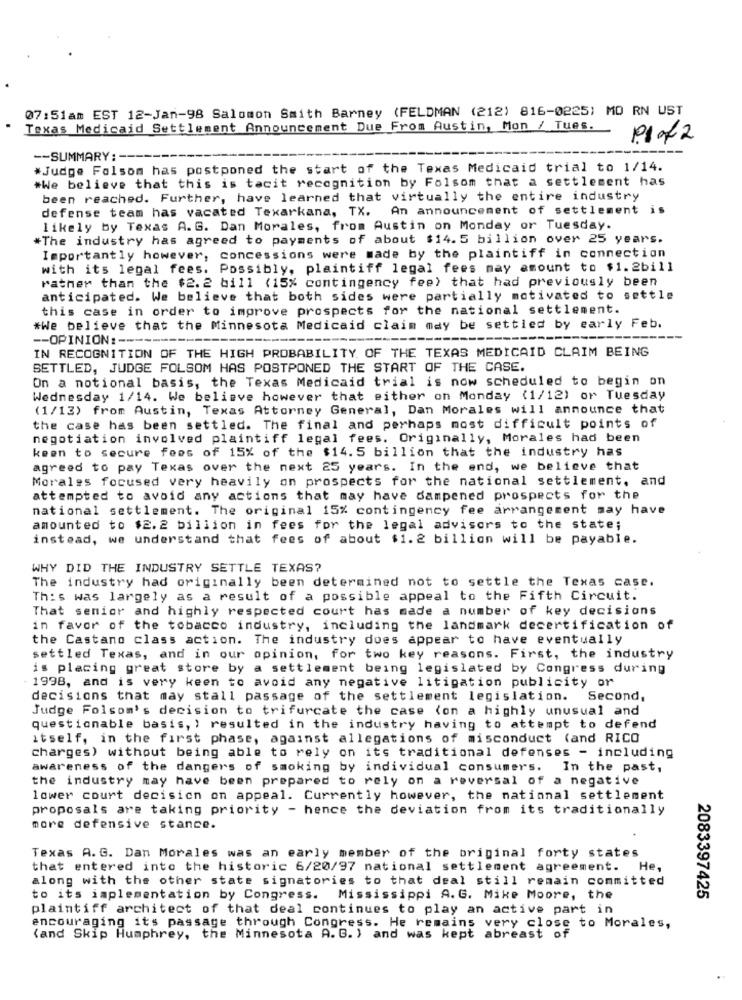
07:51am EST 12-Jan-98 Salomon Smith Barney (FELDMAN (212) 816-0225) MO RN UST
Texas Medicaid Settlement Announcement Due From Austin, Mon / Tues.
Prof 2
-- SUMMARY: -
#Judge Folsom has postponed the start of the Texas Medicaid trial to 1/14.
#We believe that this is tacit recognition by Folsom that a settlement has
been reached. Further, have learned that virtually the entire industry
defense team has vacated Texarkana, TX. An announcement of settlement is
likely by Texas A. G. Dan Morales, from Austin on Monday or Tuesday.
*The industry has agreed to payments of about $14.5 billion over 25 years.
Importantly however, concessions were made by the plaintiff in connection
with its legal fees. Possibly, plaintiff legal fees may amount to $1.2bill
rather than the $2. 2 bill (15% contingency fee) that had previously been
anticipated. We believe that both sides were partially motivated to settle
this case in order to improve prospects for the national settlement.
#We believe that the Minnesota Medicaid claim may be settled by early Feb.
-- OPINION :---
IN RECOGNITION OF THE HIGH PROBABILITY OF THE TEXAS MEDICAID CLAIM BEING
SETTLED, JUDGE FOLSOM HAS POSTPONED THE START OF THE CASE.
On a notional basis, the Texas Medicaid trial is now scheduled to begin on
Wednesday 1/14. We believe however that either on Monday (1/12) or Tuesday
(1/13) from Austin, Texas Attorney General, Dan Morales will announce that
the case has been settled. The final and perhaps most difficult points of
negotiation involved plaintiff legal fees. Originally, Morales had been
keen to secure fees of 15% of the $14. 5 billion that the industry has
agreed to pay Texas over the next 25 years. In the end, we believe that
Morales focused very heavily on prospects for the national settlement, and
attempted to avoid any actions that may have dampened prospects for the
national settlement. The original 15% contingency fee arrangement may have
amounted to $2.2 billion in fees for the legal advisors to the state;
instead, we understand that fees of about $1.2 billion will be payable.
WHY DID THE INDUSTRY SETTLE TEXAS?
The industry had originally been determined not to settle the Texas case.
This was largely as a result of a possible appeal to the Fifth Circuit.
That senior and highly respected court has made a number of key decisions
in favor of the tobacco industry, including the landmark decertification of
the Castano class action. The industry does appear to have eventually
settled Texas, and in our opinion, for two key reasons. First, the industry
is placing great store by a settlement being legislated by Congress during
1998, and is very keen to avoid any negative litigation publicity or
decisions that may stall passage of the settlement legislation. Second,
Judge Folsom's decision to trifurcate the case (on a highly unusual and
questionable basis, ) resulted in the industry having to attempt to defend
itself, in the first phase, against allegations of misconduct (and RICO
charges) without being able to rely on its traditional defenses - including
awareness of the dangers of smoking by individual consumers. In the past,
the industry may have been prepared to rely on a reversal of a negative
lower court decision on appeal. Currently however, the national settlement
proposals are taking priority - hence the deviation from its traditionally
more defensive stance.
Texas A. G. Dan Morales was an early member of the original forty states
that entered into the historic 6/20/97 national settlement agreement. He,
along with the other state signatories to that deal still remain committed
to its implementation by Congress. Mississippi A.G. Mike Moore, the
2083397425
plaintiff architect of that deal continues to play an active part in
encouraging its passage through Congress. He remains very close to Morales,
(and Skip Humphrey, the Minnesota A. G.) and was kept abreast of